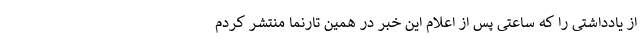
از یادداشتی را که ساعتی پس از اعلام این خبر در همین تارنما منتشر کردم